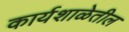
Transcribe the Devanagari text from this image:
कार्यशाळेतील